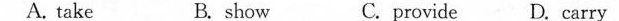
A. take B. show C. provide D. carry